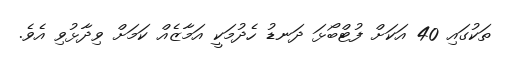
ތަކުގައި 40 އަކަށް ފުޓްބޯޅަ ދަނޑު ހެދުމަކީ އަމާޒެއް ކަމަށް ވިދާޅުވި އެވެ.